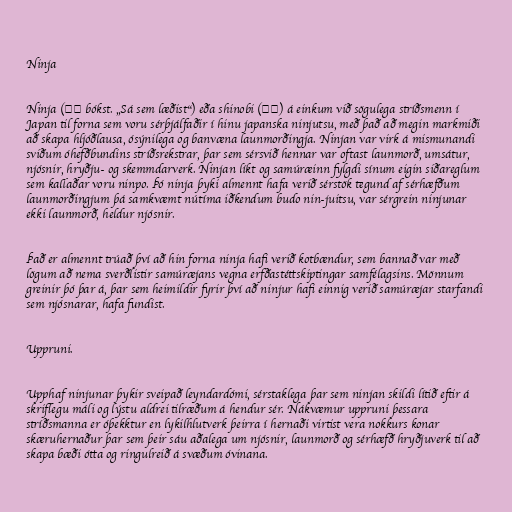
Ninja

Ninja (忍者 bókst. „Sá sem læðist“) eða shinobi (忍び) á einkum við sögulega stríðsmenn í
Japan til forna sem voru sérþjálfaðir í hinu japanska ninjutsu, með það að megin markmiði
að skapa hljóðlausa, ósýnilega og banvæna launmorðingja. Ninjan var virk á mismunandi
sviðum óhefðbundins stríðsrekstrar, þar sem sérsvið hennar var oftast launmorð, umsátur,
njósnir, hryðju- og skemmdarverk. Ninjan líkt og samúræinn fylgdi sínum eigin siðareglum
sem kallaðar voru ninpo. Þó ninja þyki almennt hafa verið sérstök tegund af sérhæfðum
launmorðingjum þá samkvæmt nútíma iðkendum budo nin-juitsu, var sérgrein ninjunar
ekki launmorð, heldur njósnir.

Það er almennt trúað því að hin forna ninja hafi verið kotbændur, sem bannað var með
lögum að nema sverðlistir samúræjans vegna erfðastéttskiptingar samfélagsins. Mönnum
greinir þó þar á, þar sem heimildir fyrir því að ninjur hafi einnig verið samúræjar starfandi
sem njósnarar, hafa fundist.

Uppruni.

Upphaf ninjunar þykir sveipað leyndardómi, sérstaklega þar sem ninjan skildi lítið eftir á
skriflegu máli og lýstu aldrei tilræðum á hendur sér. Nákvæmur uppruni þessara
stríðsmanna er óþekktur en lykilhlutverk þeirra í hernaði virtist vera nokkurs konar
skæruhernaður þar sem þeir sáu aðalega um njósnir, launmorð og sérhæfð hryðjuverk til að
skapa bæði ótta og ringulreið á svæðum óvinana.